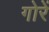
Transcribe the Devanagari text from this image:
गोरें